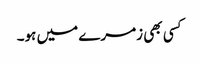
کسی بھی زمرے میں ہو۔